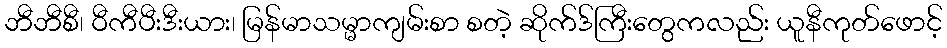
ဘီဘီစီ၊ ဝီကီပီးဒီးယား၊ မြန်မာသမ္မာကျမ်းစာ စတဲ့ ဆိုက်ဒ်ကြီးတွေကလည်း ယူနီကုတ်ဖောင့်